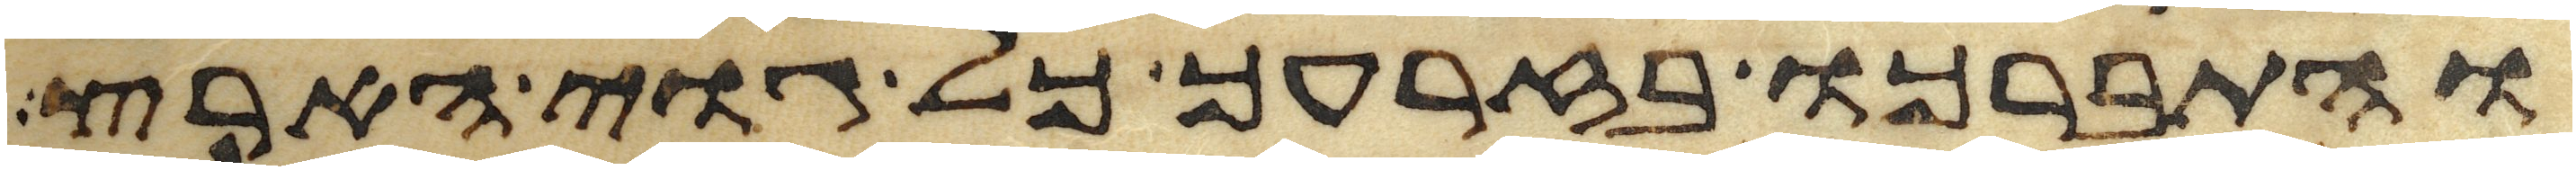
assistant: והתברכו בזרעך כל גוי הארץ